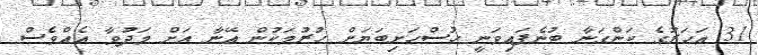
31 އަހަރުގެ ކަންގަނާ ބުނެފައިވަނީ ހުސްހަށިބަޔަށް ހުރުމަކުން އޭނާ އަށް މަދުވާ އެއްވެސް